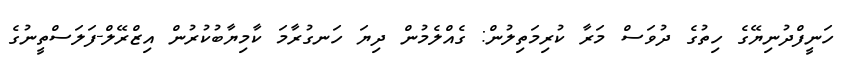
ހަނީފްދުނިޔޭގެ ހިތުގެ ދުވަސް މަރާ ކުރިމަތިލުން: ގެއްލެމުން ދިޔަ ހަނގުރާމަ ކާމިޔާބުކުރުން އިޒްރޭލް-ފަލަސްތީނުގެ